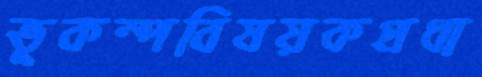
ভূকম্পবিষয়কপ্রধা